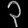
Digit: ၃